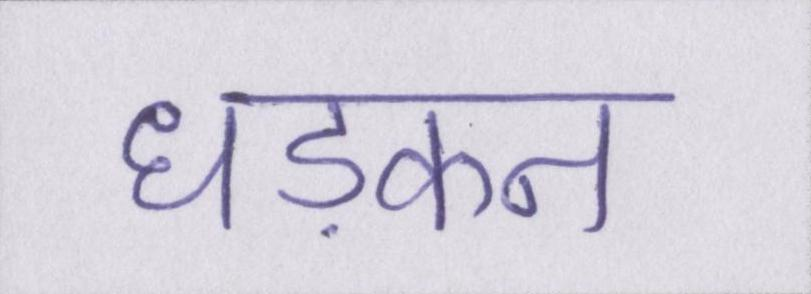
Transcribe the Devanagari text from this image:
धड़कन